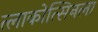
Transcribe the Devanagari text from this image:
त्लाकोत्सिनला